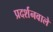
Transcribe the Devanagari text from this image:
प्रदर्शनवाले